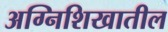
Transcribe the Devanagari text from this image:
अग्निशिखातील